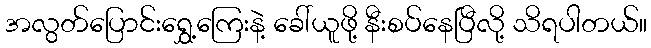
အလွတ်ပြောင်းရွှေ့ကြေးနဲ့ ခေါ်ယူဖို့ နီးစပ်နေပြီလို့ သိရပါတယ်။